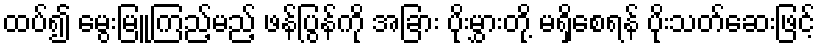
ထပ်၍ မွေးမြူကြည့်မည့် ဖန်ပြွန်ကို အခြား ပိုးမွှားတို့ မရှိစေရန် ပိုးသတ်ဆေးဖြင့်